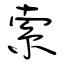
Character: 索